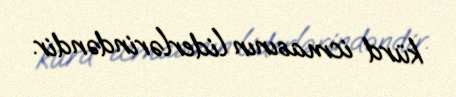
kürd icmasının liderlərindəndir.